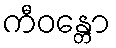
ကီဝန္တော